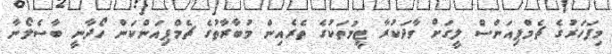
މިފަހަރުގެ ޗެމްޕިއަންސް ލީގަށް ވާދަކުރާ ޓީމުތަކުގެ ތެރެއިން މުބާރާތުގެ ޗެމްޕިއަންކަން ހޯދާނީ ބާސެލޯނާ